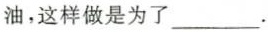
油，这样做是为了___。